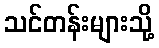
သင်တန်းများသို့